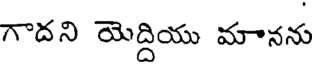
గాదని యెద్దియు మానను